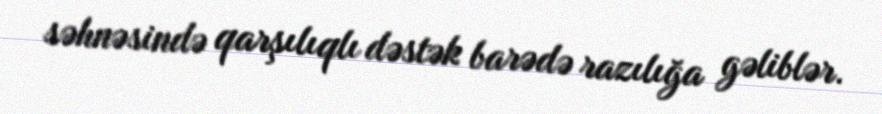
səhnəsində qarşılıqlı dəstək barədə razılığa gəliblər.